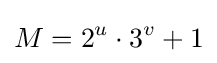
M=2^{u}\cdot 3^{v}+1